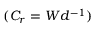
( C _ { r } = W d ^ { - 1 } )